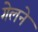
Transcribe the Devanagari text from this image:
गेलने